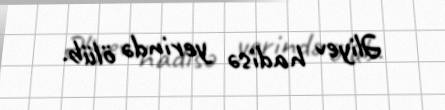
Əliyev hadisə yerində ölüb.